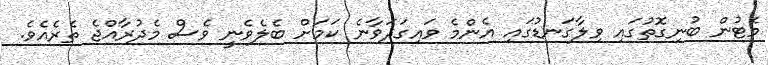
މެޓުން ބުނިގޮތުގައި ވިލާގަނޑުގައި އެންމެ ވައިގަދަވާނެ ކަމަށް ބެލެވެނީ ވެސް މެދުރާއްޖެ ތެރެއެވެ.